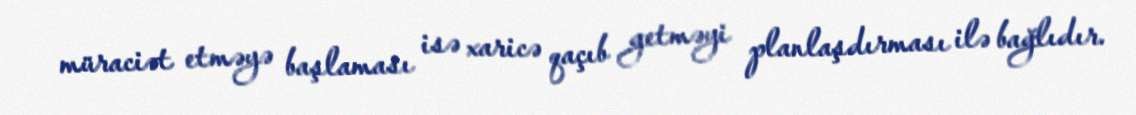
müraciət etməyə başlaması isə xaricə qaçıb getməyi planlaşdırması ilə bağlıdır.